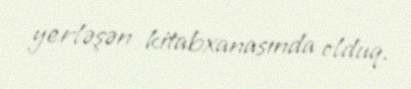
yerləşən kitabxanasında olduq.